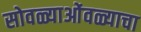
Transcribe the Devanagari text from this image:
सोवळ्याओंवळ्याचा